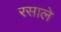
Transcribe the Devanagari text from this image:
रसाले